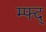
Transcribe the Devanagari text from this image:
म्फ्द्